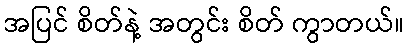
အပြင် စိတ်နဲ့ အတွင်း စိတ် ကွာတယ်။